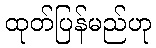
ထုတ်ပြန်မည်ဟု